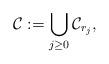
LaTeX: \begin{align*}\mathcal{C}:=\bigcup_{j\geq0}\mathcal{C}_{r_j},\end{align*}